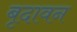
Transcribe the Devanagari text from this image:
बृदावन